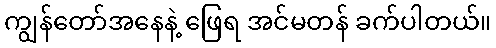
ကျွန်တော်အနေနဲ့ ဖြေရ အင်မတန် ခက်ပါတယ်။